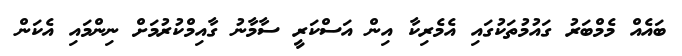
ބައެއް މެމްބަރު ގައުމުތަކުގައި އެމެރިކާ އިން އަސްކަރީ ސާމާނު ގާއިމްކުރުމަށް ނިންމަައި އެކަން